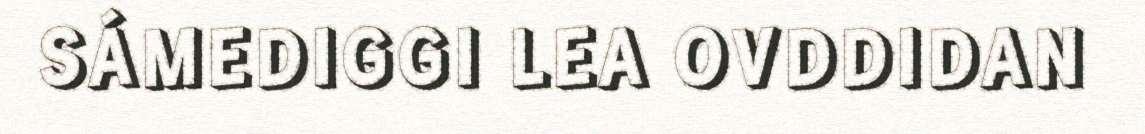
SÁMEDIGGI LEA OVDDIDAN